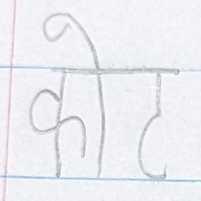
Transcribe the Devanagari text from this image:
कोट